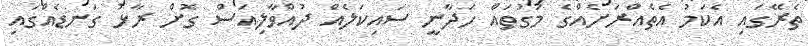
ތެރޭގައި އެކަމު އެތެއްރަށެއްގެ މަގުތައް ހަދާނީ ސައިކަލެއް ދުއްވާލިއަސް ގޮށް ރާޅު ގަނޑެއްގައި